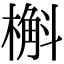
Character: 槲